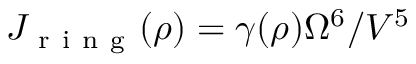
J _ { \mathrm { ~ r ~ i ~ n ~ g ~ } } ( \rho ) = \gamma ( \rho ) \Omega ^ { 6 } / V ^ { 5 }